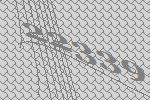
22339